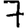
Digit: 7